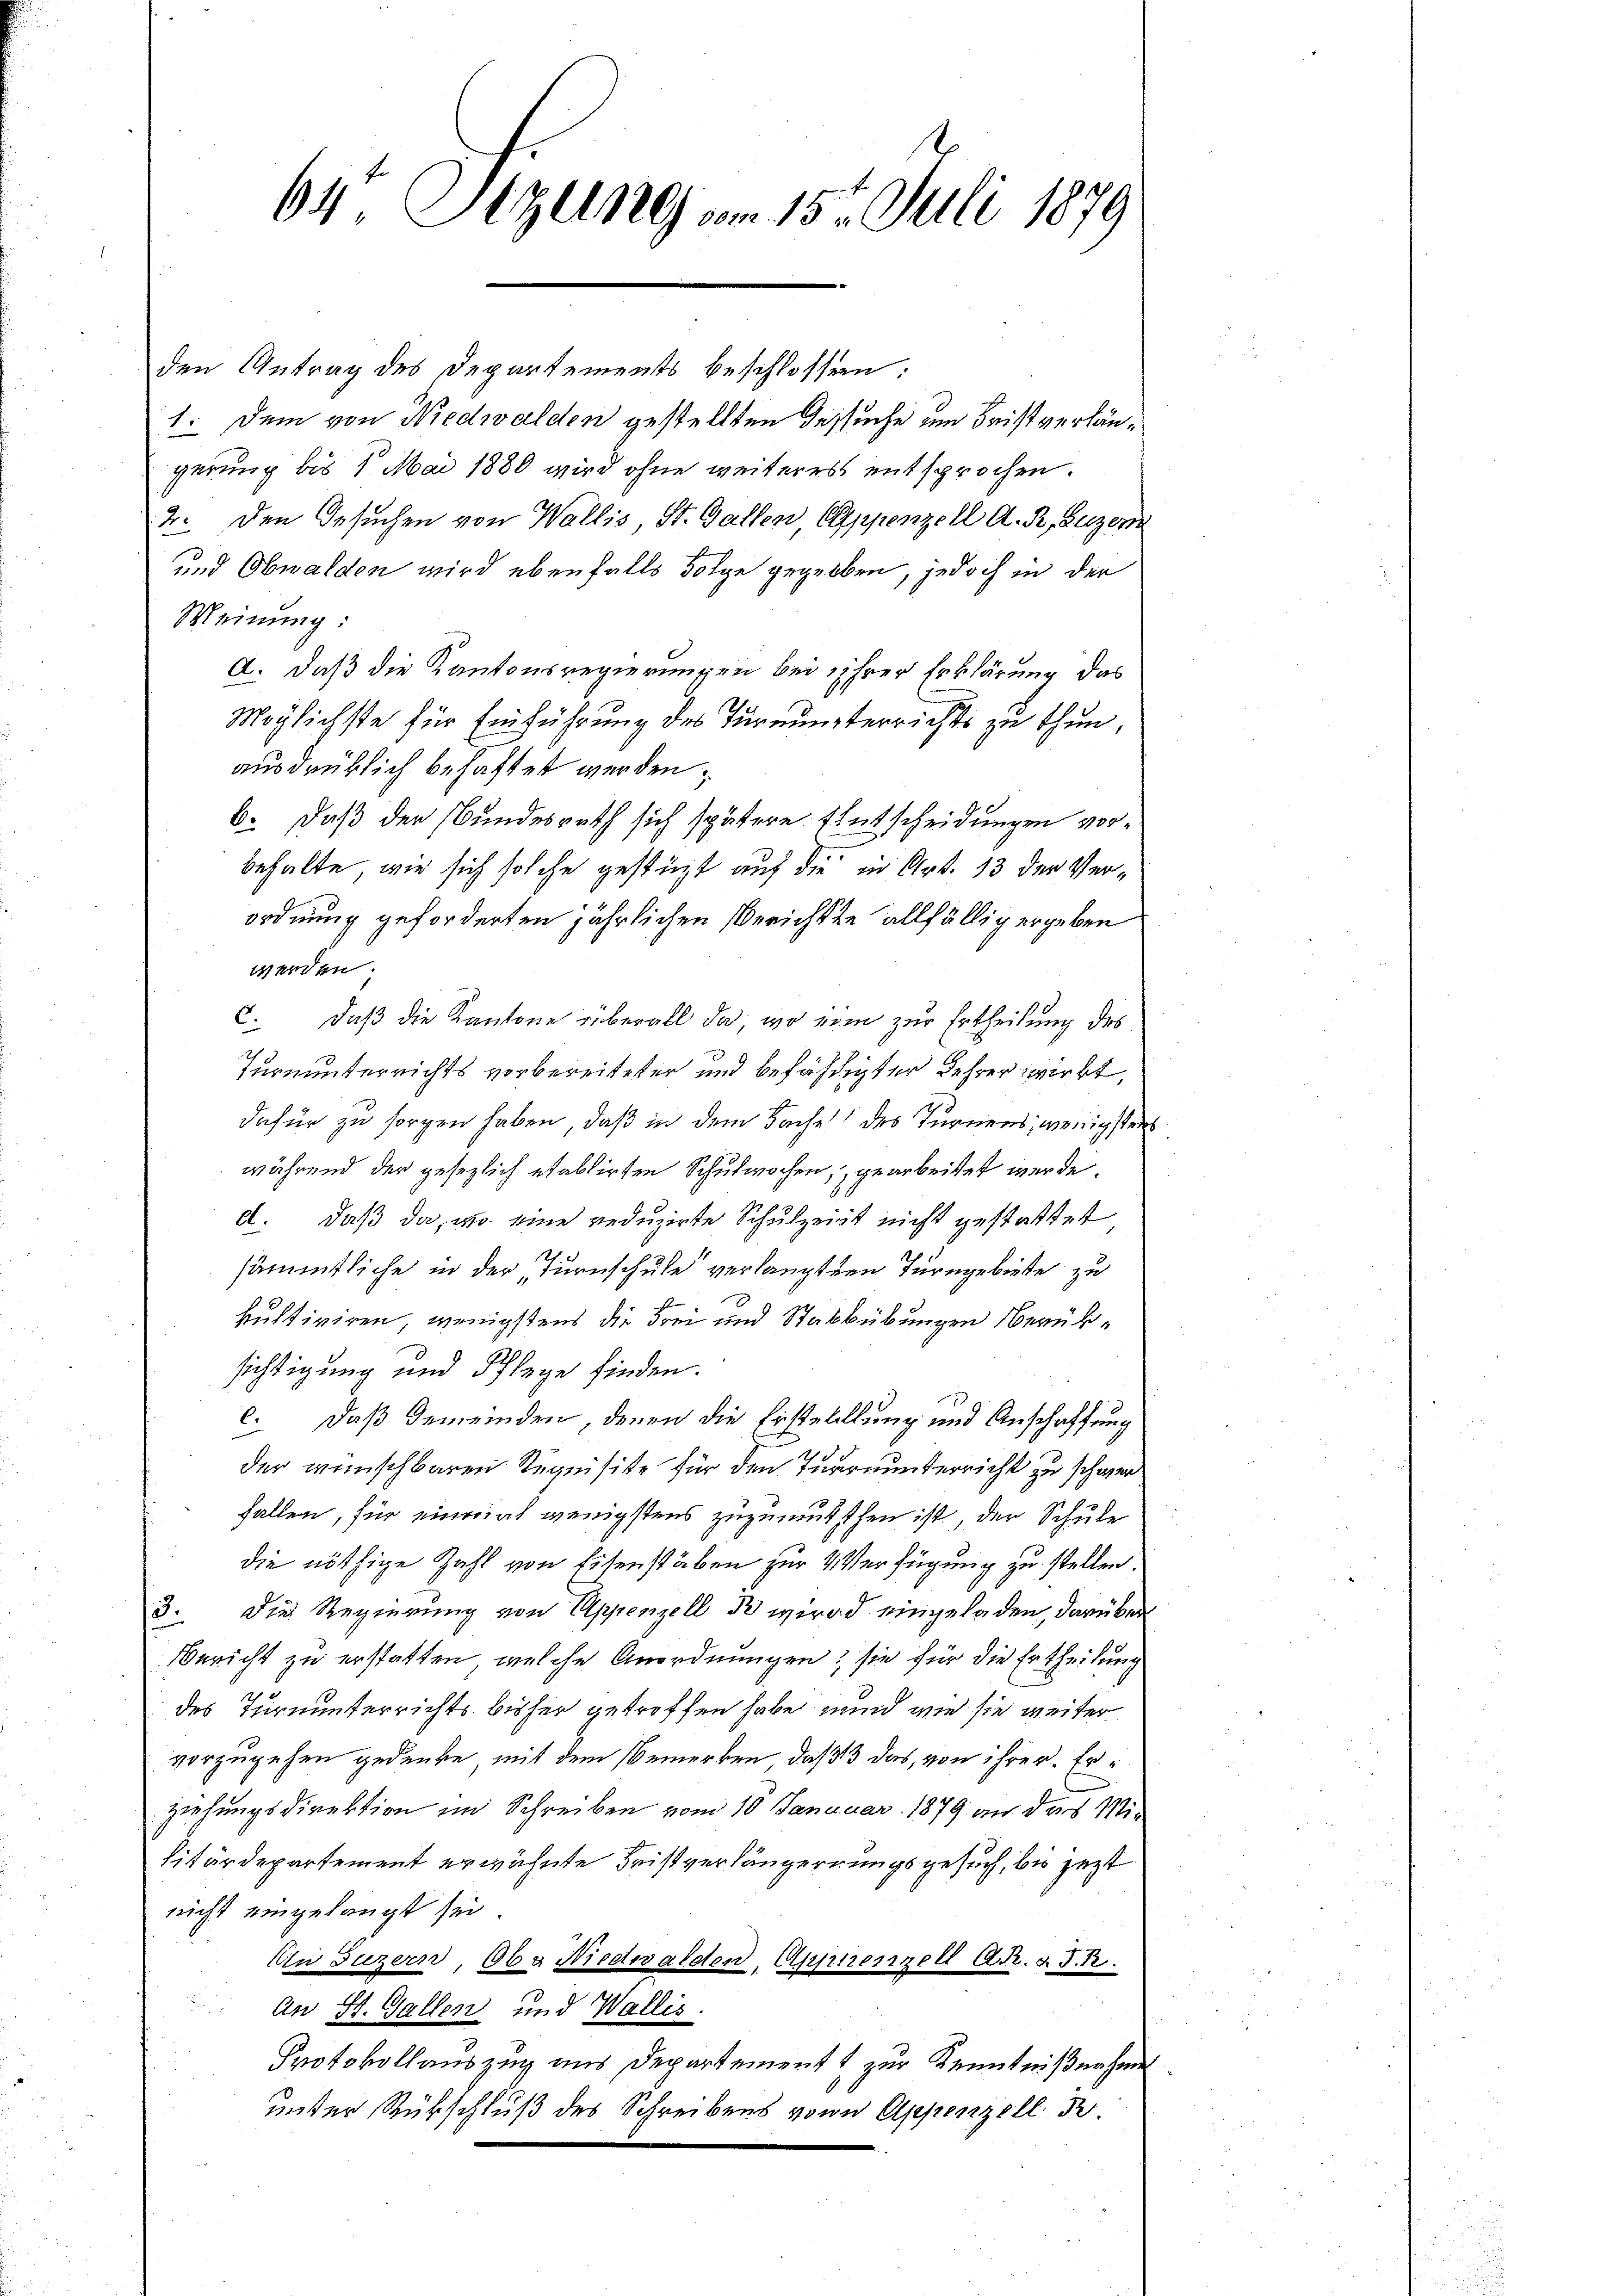
64 Sizung vom 15. Juli 1879

den Antrag des Departements beschlossen:
1. Dem von Niedwalden gestellten Besuche um Fristverlängerung bis 1. Mai 1880 wird ohne weiteres entsprochen.
2. Den Gesuchen von Wallis, St. Gallen Appenzell A. R., Luzer
und Obwalden wird ebenfalls Folge gegeben, jedoch in der
Meinung:
A. daß die Kantonsregierungen bei ihrer Erklärung das
Möglichste für Einführung des Turnunterrichts zu thun,
ausdrüklich behaftet werden.
b. daß der Bundesrath sich spätere Entscheidungen vorbehalte, wie sich solche gestüzt auf die in Art. 13 der Verordnung geforderten jährlichen Berichtte allfällig ergeben
werden.
c. daß die Kantone überall da, wo vom zur Ertheilung des
Turnunterrichts vorbereiteter und befährigter Lehrer wirkt,
dafür zu sorgen haben, daß in dem Sache des Turnens, wenigsten
während der gesezlich etablirten Schulwochen, gearbeitet werde.
d. Daß da, wo eine reduzirte Schulzeit nicht gestattet
sämmtliche in der Turnschule verlangten Turngebiete zu
kultiviren, wenigstens die Frei und Stabbübungen Berüksichtigung und Pflege finden.
c. daß Gemeinden, denen die Erstellung und Anschaffung
der wünschbaren Requisite für den Turnunterricht zu schwer
fallen, für einmal wenigstens zuzumutsthen ist der Schule
die nöthige Zahl von Eisenstäben zur Verfügung zu stellen.
3. Die Regierung von Appenzell B wird eingeladen, darüber
Bericht zu erstatten, welche Anordnungen? sie für die Ertheilung
des Turnunterrichts bisher getroffen habe und wie sie weiter
vorzugehen gedenke, mit dem Bemerken, daß 13 das, von ihrer. Er
ziehungsdirektion im Schreiben vom 10. Januar 1879 an das Militärdepartement erwähnte Fristverlängernungsgesuch, bis jezt
nicht eingelangt sei.
Au Luzern, Oba Niedwaldten, Appenzell A.R. & J. R.
An St. Gallen und Wallis.
Protokollauszug aus Departement zur Kenntnißnahme
unter Rückschluß des Schreibens von Appenzell I.